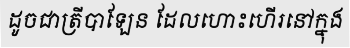
ដូចជាត្រីបាឡែន ដែលហោះហើរនៅក្នុង